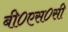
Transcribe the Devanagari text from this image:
बी०एस०सी